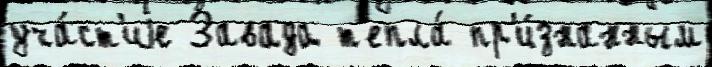
уча́ст'иjе Завада т'епла́ пр'и́знанным